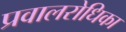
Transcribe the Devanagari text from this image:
प्रवालरोधिका